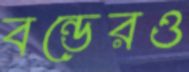
বন্ডেরও